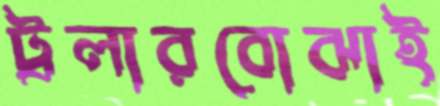
ট্রলারবোঝাই